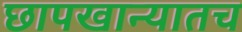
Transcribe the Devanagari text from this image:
छापखान्यातच